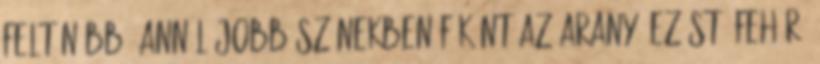
feltűnőbb, annál jobb Színekben főként az arany, ezüst, fehér,